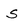
Character: s